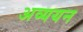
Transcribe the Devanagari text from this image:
अव्ययन